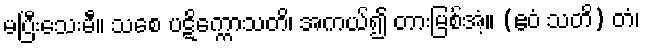
မပြီးသေးမီ။ သစေ ပဋိက္ကောသတိ၊ အကယ်၍ တားမြစ်အံ့။ (ဧဝံ သတိ) တံ၊